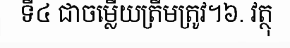
ទី៤ ជាចម្លើយត្រឹមត្រូវ។៦. វត្ថុ